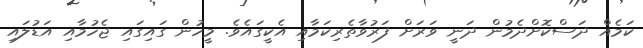
ކަމެއް ދަސްކޮށްދެމުން ދަނީ ވަރަށް ފަރުވާތެރިކަމާއި އެކީގައެވެ. މީހުން ގައިގައި ޖެހުމާއި އަޑުލައި